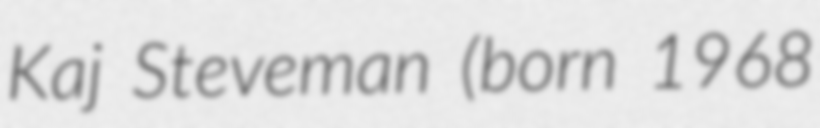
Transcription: Kaj Steveman (born 1968